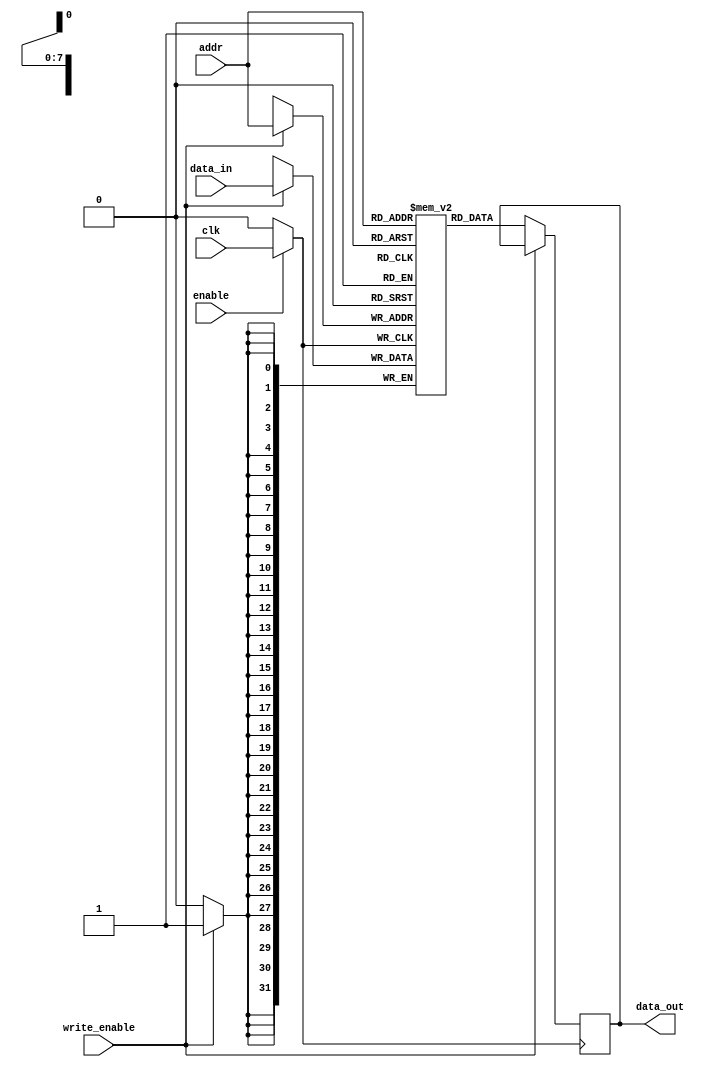
module MemoryBlock (
    input wire clk,              // Original clock signal
    input wire enable,           // Enable signal for clock gating
    input wire [7:0] addr,       // Address input
    input wire [31:0] data_in,   // Data input for write operations
    input wire write_enable,      // Write enable signal
    output reg [31:0] data_out    // Data output for read operations
);

    // Memory Array: 256 x 32-bit SRAM
    reg [31:0] memory_array [0:255];

    // Clock Gating Logic
    wire gated_clk;
    assign gated_clk = enable ? clk : 1'b0;

    // Address Decoder and Read/Write Logic
    always @(posedge gated_clk) begin
        if (write_enable) begin
            // Write operation
            memory_array[addr] <= data_in;
        end
        else begin
            // Read operation
            data_out <= memory_array[addr];
        end
    end

endmodule